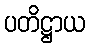
ပတိဋ္ဌာယ